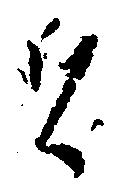
者